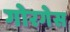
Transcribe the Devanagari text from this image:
गोरगेस